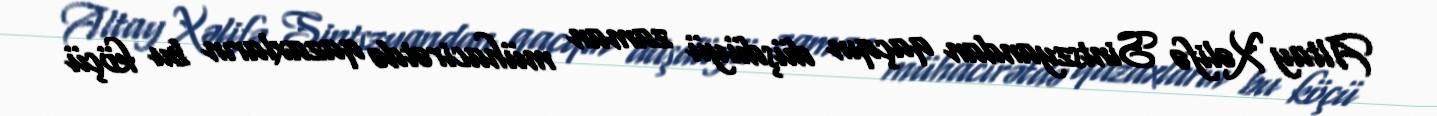
Altay Xəlifə Sintszyandan qaçqın düşdüyü zaman mühacirətdə qazaxların bu köçü